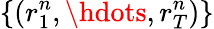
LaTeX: \{ (r_{1}^{n},\hdots,r_{T}^{n})\}